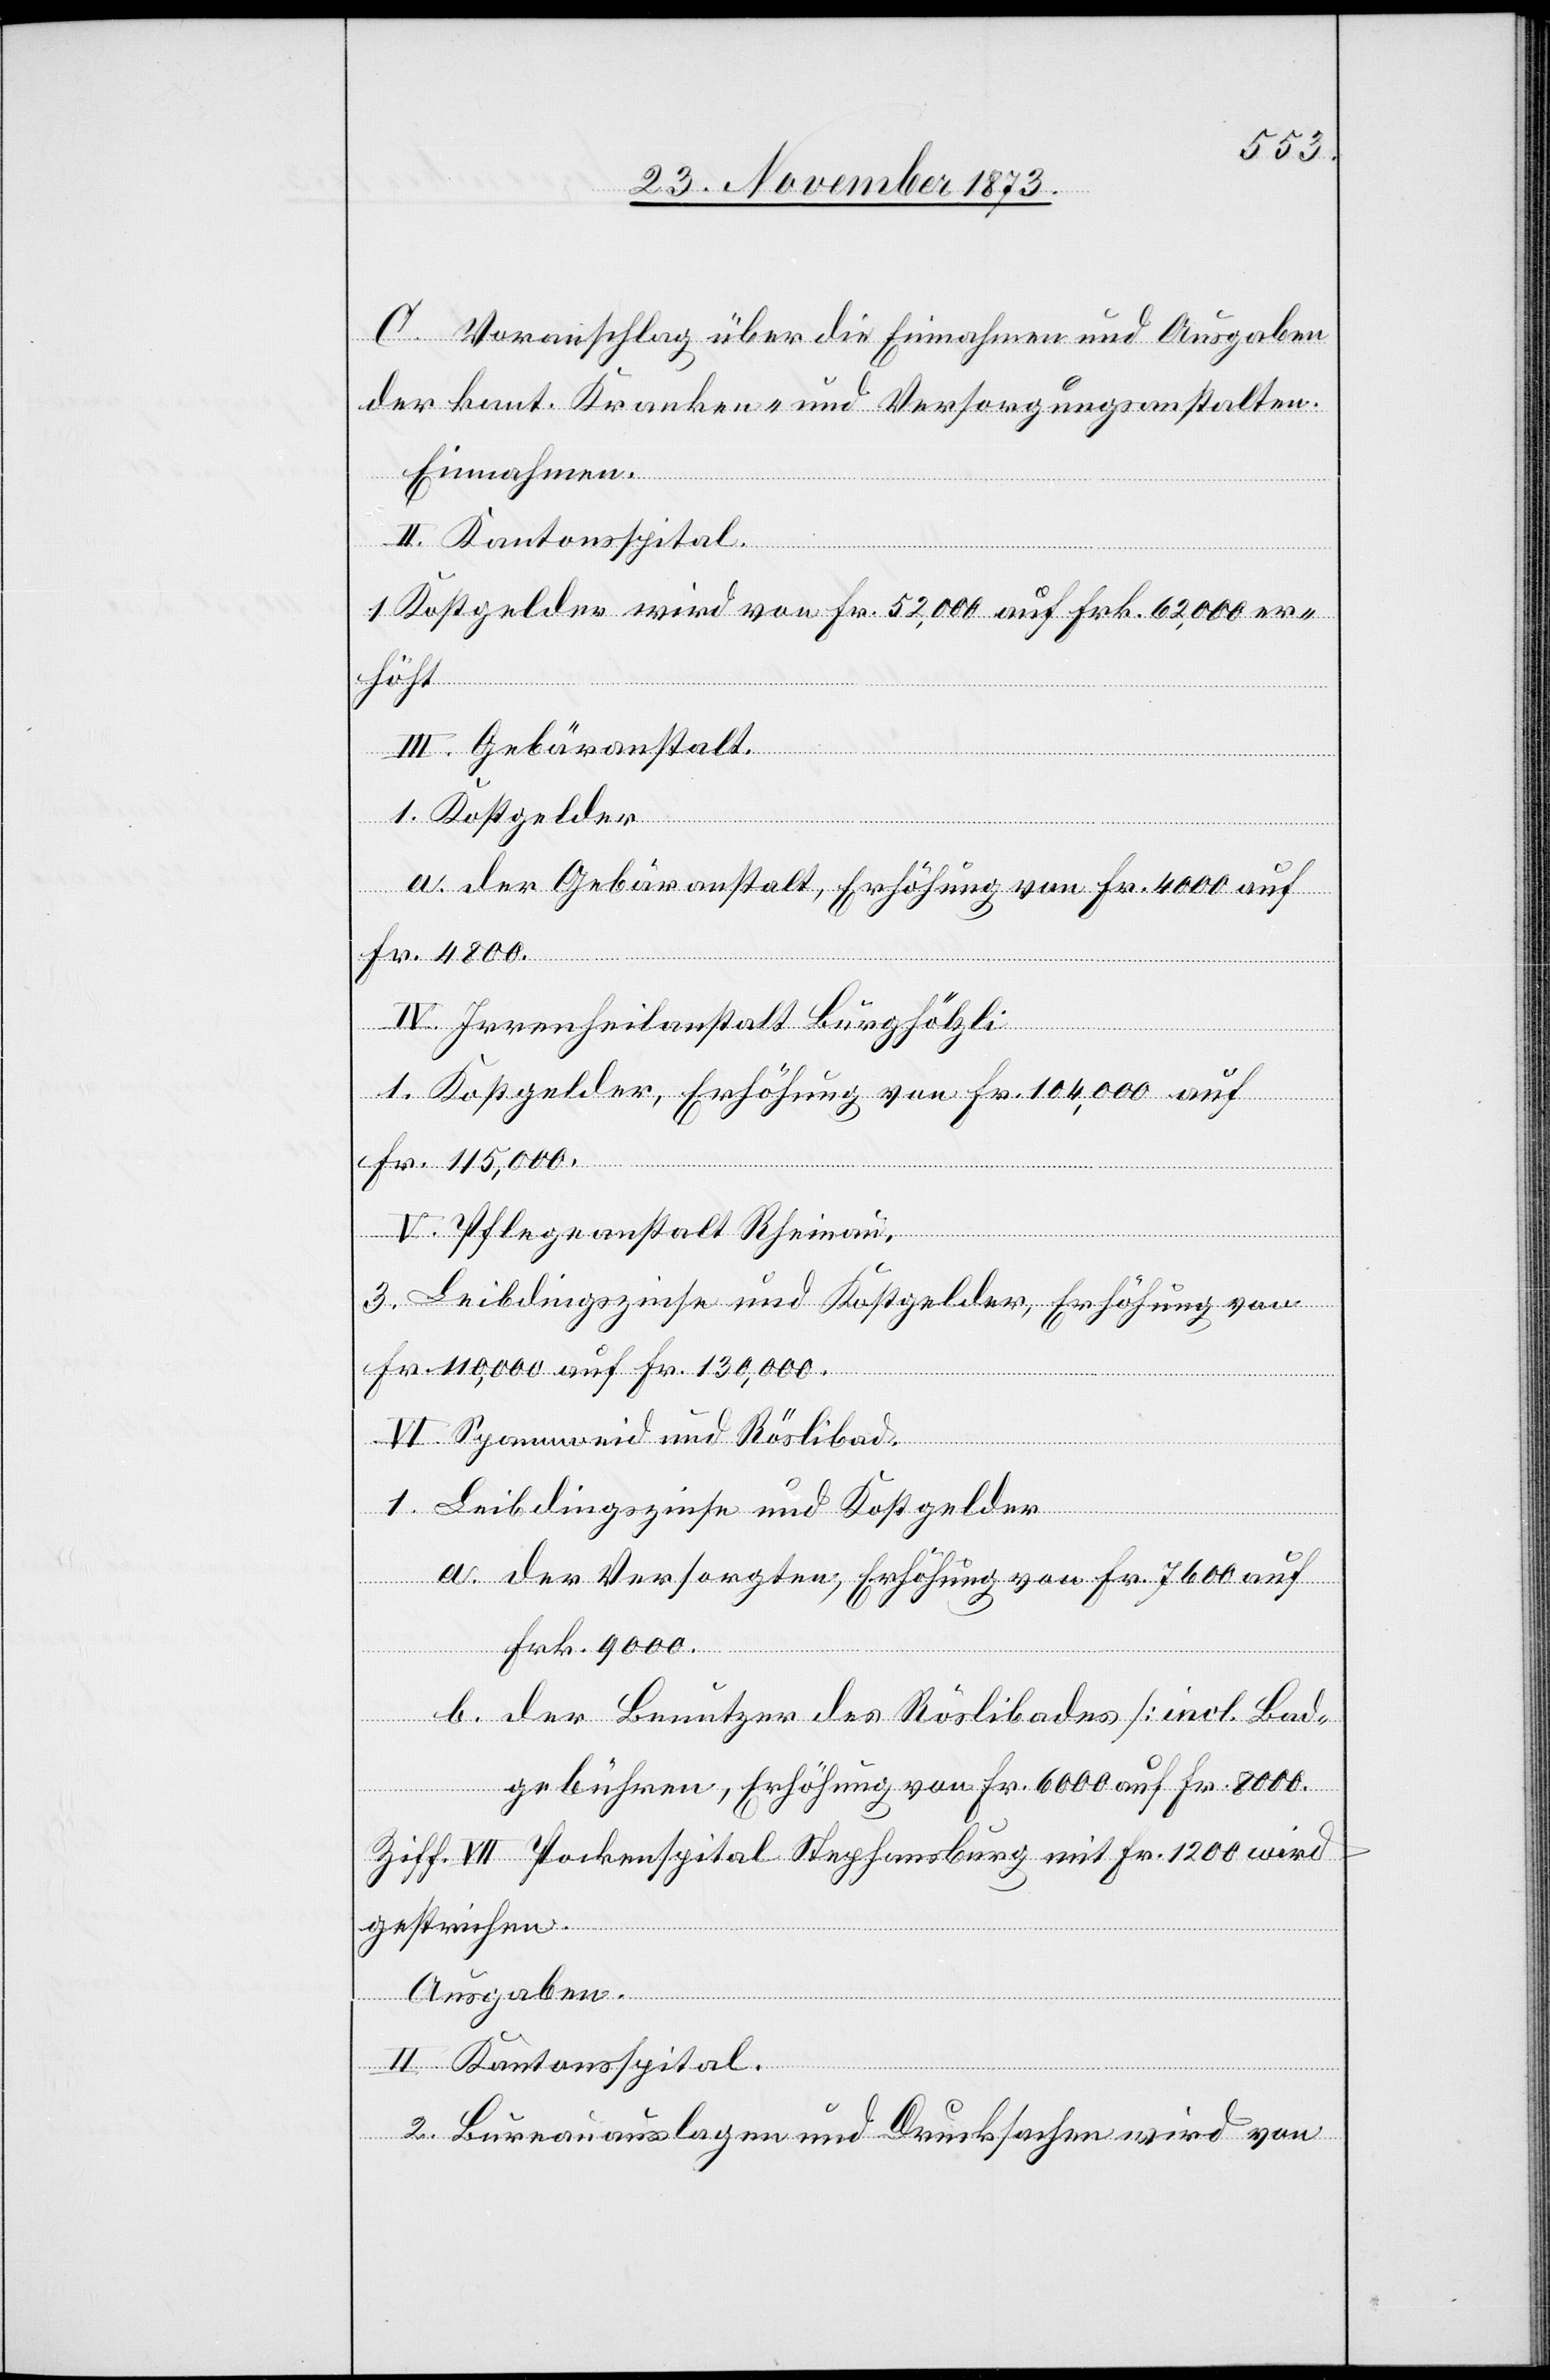
C. Voranschlag über die Einnahmen und Ausgaben
der kant. Kranken- und Versorgungsanstalten.
Einnahmen.
II. Kantonsspital.
1. Kostgelder wird von Fr. 52,000 auf Frk. 62,000 er¬
höht
III. Gebäranstalt.
1. Kostgelder
a. der Gebäranstalt, Erhöhung von Fr. 4 000 auf
Fr. 4 800.
IV. Irrenheilanstalt Burghölzli
1. Kostgelder, Erhöhung von Fr. 104,000 auf
Fr. 115,000.
V. Pflegeanstalt Rheinau.
3. Leibdingszinse und Kostgelder, Erhöhung von
Fr. 110,000 auf Fr. 130,000.
VI. Spannweid und Röslibad.
1. Leibdingszinse und Kostgelder
a. der Versorgten, Erhöhung von Fr. 7 600 auf
Frk. 9 000.
b. der Benutzer des Röslibades [incl. Bad¬
gebühren], Erhöhung von Fr. 6 000 auf Fr. 8 000.
Ziff. VII Pockenspital Stephansburg mit Fr. 1 200 wird
gestrichen.
Ausgaben.
II. Kantonsspital.
2. Bureauauslagen und Drucksachen wird von